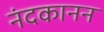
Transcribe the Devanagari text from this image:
नंदकानन